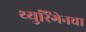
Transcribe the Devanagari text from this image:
थ्युरिंगेनचा